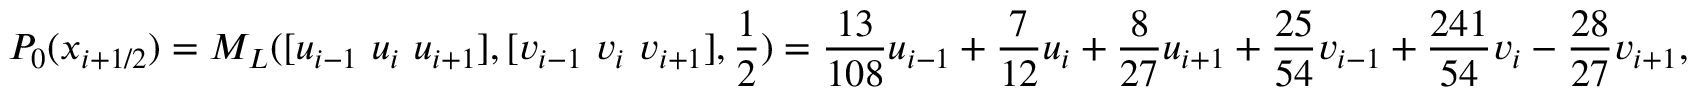
P _ { 0 } ( x _ { i + 1 / 2 } ) = M _ { L } ( [ u _ { i - 1 } ~ u _ { i } ~ u _ { i + 1 } ] , [ v _ { i - 1 } ~ v _ { i } ~ v _ { i + 1 } ] , \frac 1 2 ) = \frac { 1 3 } { 1 0 8 } u _ { i - 1 } + \frac { 7 } { 1 2 } u _ { i } + \frac { 8 } { 2 7 } u _ { i + 1 } + \frac { 2 5 } { 5 4 } v _ { i - 1 } + \frac { 2 4 1 } { 5 4 } v _ { i } - \frac { 2 8 } { 2 7 } v _ { i + 1 } ,